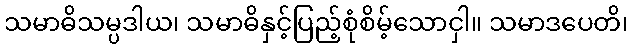
သမာဓိသမ္ပဒါယ၊ သမာဓိနှင့်ပြည့်စုံစိမ့်သောငှါ။ သမာဒပေတိ၊